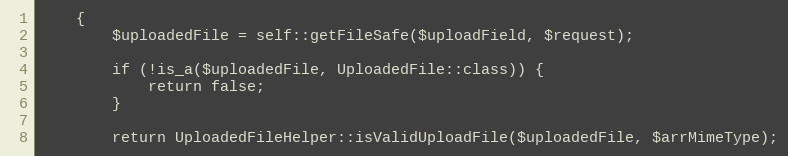
Language: PHP
    {
        $uploadedFile = self::getFileSafe($uploadField, $request);

        if (!is_a($uploadedFile, UploadedFile::class)) {
            return false;
        }

        return UploadedFileHelper::isValidUploadFile($uploadedFile, $arrMimeType);